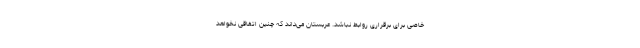
خاصی برای برقراری روابط نباشد. عربستان می‌داند که چنین اتفاقی نخواهد